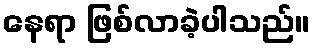
နေရာ ဖြစ်လာခဲ့ပါသည်။